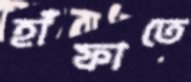
হাঁফাতে